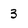
Character: 3